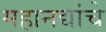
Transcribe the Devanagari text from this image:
महानद्यांचे